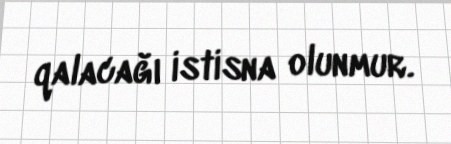
qalacağı istisna olunmur.